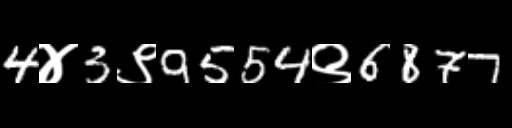
Text: 4४3९9554९6877